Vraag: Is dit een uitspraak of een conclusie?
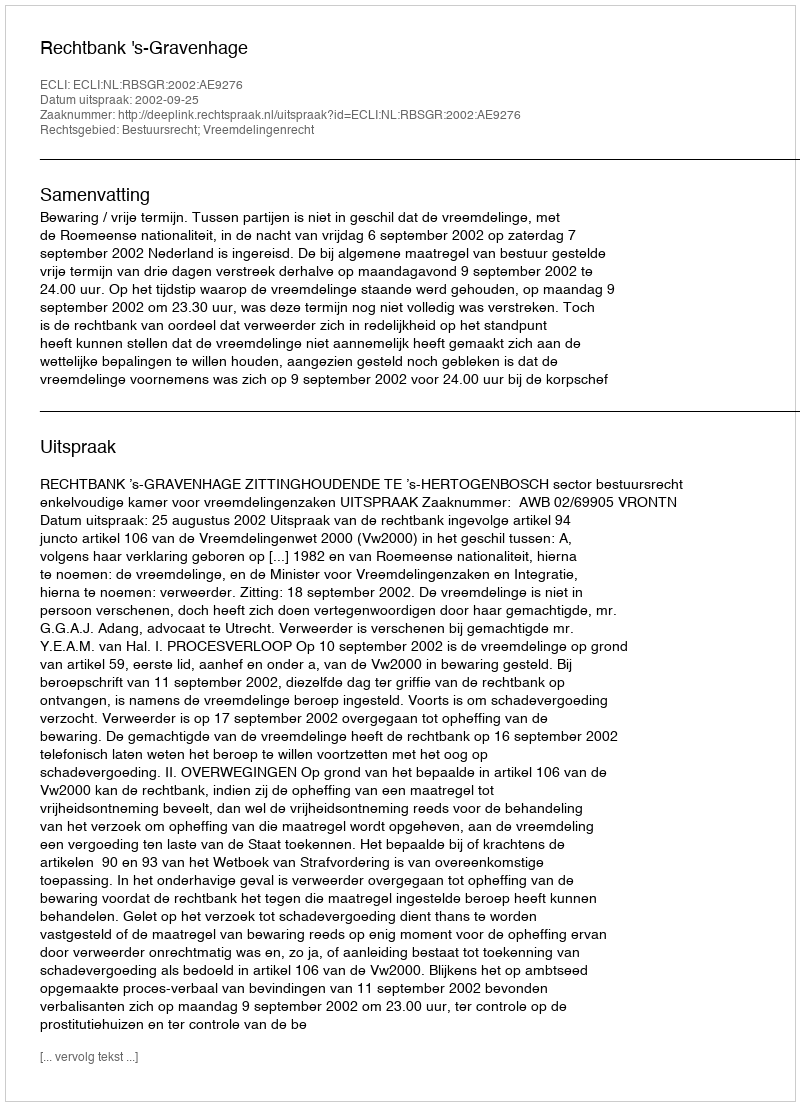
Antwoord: Uitspraak